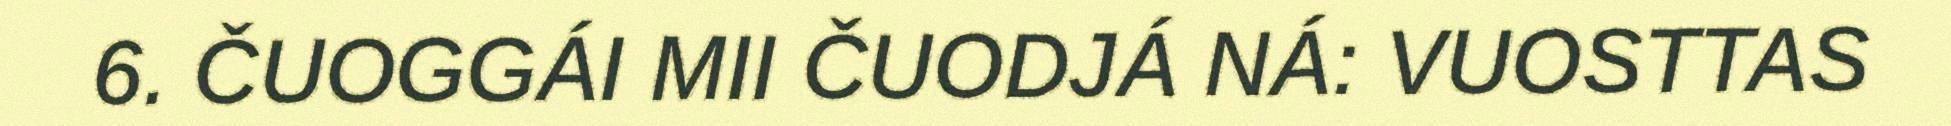
6. ČUOGGÁI MII ČUODJÁ NÁ: VUOSTTAS